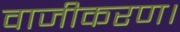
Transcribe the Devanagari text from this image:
वाजीकरण।